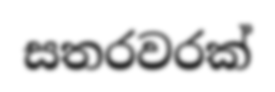
සතරවරක්